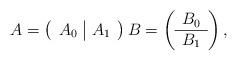
LaTeX: \begin{align*}A = \left(\begin{array}{c|c} A_0 & A_1 \end{array}\right) B = \left(\begin{array}{c} B_0 \\ \hline B_1 \end{array}\right),\end{align*}